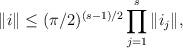
LaTeX: \begin{align*}\|i\|\leq(\pi/2)^{(s-1)/2}\prod_{j=1}^s\|i_j\|,\end{align*}